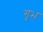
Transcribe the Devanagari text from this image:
गृभ